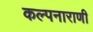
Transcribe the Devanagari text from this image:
कल्पनाराणी